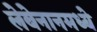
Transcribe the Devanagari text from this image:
लेबेनानमध्ये